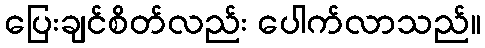
ပြေးချင်စိတ်လည်း ပေါက်လာသည်။